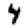
Digit: 4